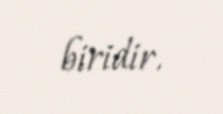
biridir.